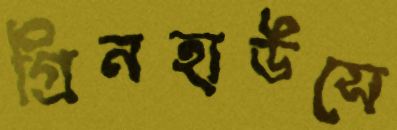
গ্রিনহাউসে